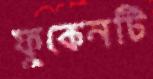
ফুকেনটি